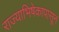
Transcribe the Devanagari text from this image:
राज्याभिषेकापासून